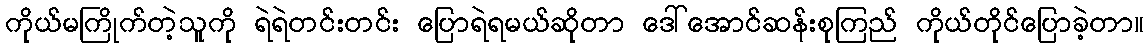
ကိုယ်မကြိုက်တဲ့သူကို ရဲရဲတင်းတင်း ပြောရဲရမယ်ဆိုတာ ဒေါ်အောင်ဆန်းစုကြည် ကိုယ်တိုင်ပြောခဲ့တာ။